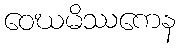
ဝေဃမိဿကေန